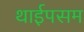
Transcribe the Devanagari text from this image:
थाईपसम